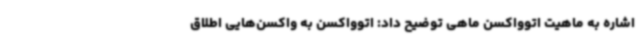
اشاره به ماهیت اتوواکسن ماهی توضیح داد: اتوواکسن به واکسن‌هایی اطلاق